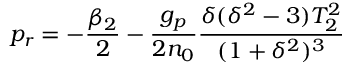
p _ { r } = - \frac { \beta _ { 2 } } { 2 } - \frac { g _ { p } } { 2 n _ { 0 } } \frac { \delta ( \delta ^ { 2 } - 3 ) T _ { 2 } ^ { 2 } } { ( 1 + \delta ^ { 2 } ) ^ { 3 } }